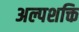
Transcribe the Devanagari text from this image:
अल्पशक्ति